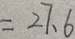
= 2 7 . 6